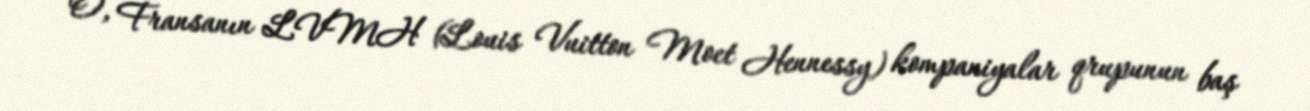
O, Fransanın LVMH (Louis Vuitton Moet Hennessy) kompaniyalar qrupunun baş